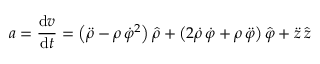
{ \boldsymbol { a } } = { \frac { \mathrm { d } { \boldsymbol { v } } } { \mathrm { d } t } } = \left( { \ddot { \rho } } - \rho \, { \dot { \varphi } } ^ { 2 } \right) { \boldsymbol { \hat { \rho } } } + \left( 2 { \dot { \rho } } \, { \dot { \varphi } } + \rho \, { \ddot { \varphi } } \right) { \hat { \boldsymbol { \varphi } } } + { \ddot { z } } \, { \hat { \boldsymbol { z } } }